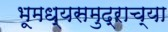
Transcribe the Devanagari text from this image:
भूमध्यसमुद्राच्या